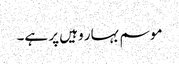
موسم بہار وہیں پر ہے۔